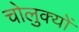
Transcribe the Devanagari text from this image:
चोलुक्यों